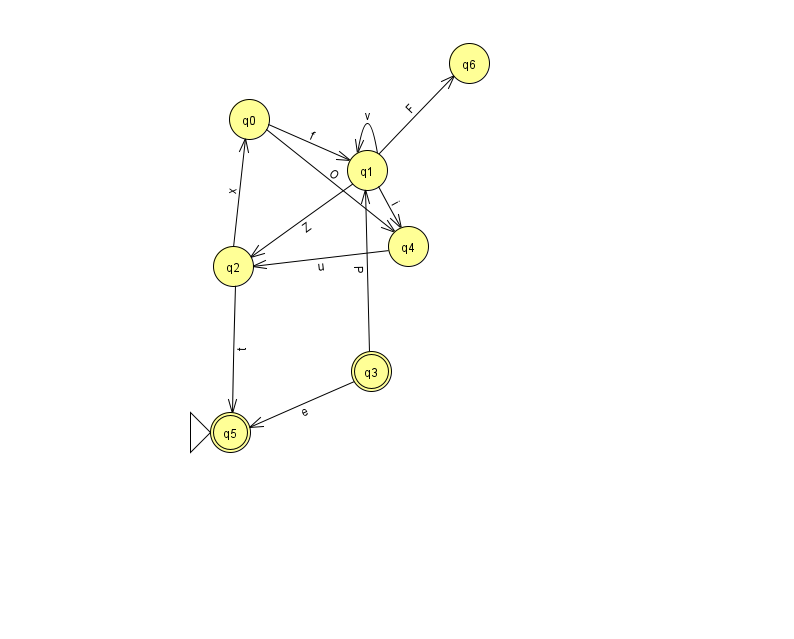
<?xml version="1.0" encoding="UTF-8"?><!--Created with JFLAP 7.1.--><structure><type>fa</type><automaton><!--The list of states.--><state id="0" name="q0"><x>249.0</x><y>106.0</y></state><state id="1" name="q1"><x>367.0</x><y>157.0</y></state><state id="2" name="q2"><x>233.0</x><y>253.0</y></state><state id="3" name="q3"><x>371.0</x><y>358.0</y><final/></state><state id="4" name="q4"><x>408.0</x><y>233.0</y></state><state id="5" name="q5"><x>230.0</x><y>419.0</y><initial/><final/></state><state id="6" name="q6"><x>469.0</x><y>50.0</y></state><!--The list of transitions.--><transition><from>3</from><to>5</to><read>e</read></transition><transition><from>3</from><to>1</to><read>P</read></transition><transition><from>1</from><to>2</to><read>Z</read></transition><transition><from>0</from><to>4</to><read>O</read></transition><transition><from>1</from><to>1</to><read>v</read></transition><transition><from>4</from><to>2</to><read>u</read></transition><transition><from>1</from><to>6</to><read>F</read></transition><transition><from>1</from><to>4</to><read>i</read></transition><transition><from>0</from><to>1</to><read>f</read></transition><transition><from>2</from><to>0</to><read>x</read></transition><transition><from>2</from><to>5</to><read>t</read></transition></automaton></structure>